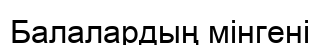
Балалардың мiнгенi